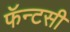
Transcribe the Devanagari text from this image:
फॅन्टसी